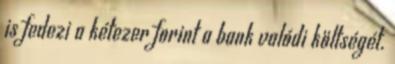
is fedezi a kétezer forint a bank valódi költségét.